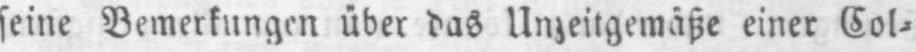
seine Bemerkungen über das Unzeitgemäße einer Col⸗